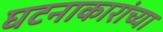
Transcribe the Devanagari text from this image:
घटनाकारांच्या